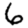
Digit: 6